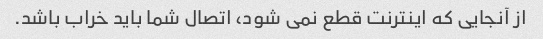
از آنجایی که اینترنت قطع نمی شود، اتصال شما باید خراب باشد.